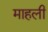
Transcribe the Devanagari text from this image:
माहली